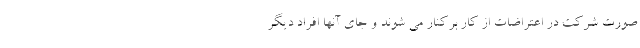
صورت شرکت در اعتراضات از کار برکنار می شوند و جای آنها افراد دیگر